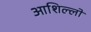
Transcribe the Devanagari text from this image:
आशिल्लो